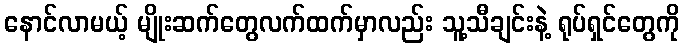
နောင်လာမယ့် မျိုးဆက်တွေလက်ထက်မှာလည်း သူ့သီချင်းနဲ့ ရုပ်ရှင်တွေကို